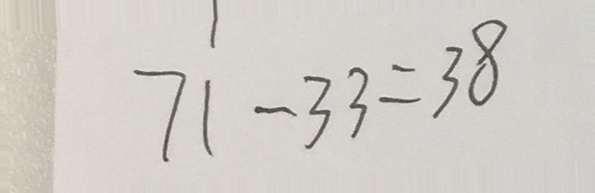
7 1 - 3 3 = 3 8